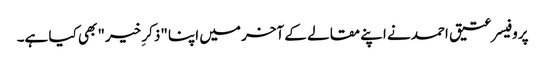
پروفیسر عتیق احمد نے اپنے مقالے کے آخر میں اپنا "ذکرِ خیر" بھی کیا ہے۔